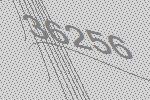
36256